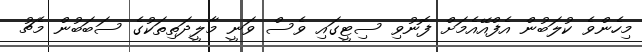
މިހެންވެ ކުލަބުން އެފްއޭއެމަށް ފޮނުވި ސިޓީގައި ވެސް ވަނީ މާލީދަތިތަކުގެ ސަބަބުން މެޗު